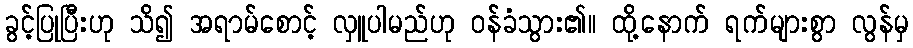
ခွင့်ပြုပြီးဟု သိ၍ အရာမ်စောင့် လှူပါမည်ဟု ဝန်ခံသွား၏။ ထို့နောက် ရက်များစွာ လွန်မှ